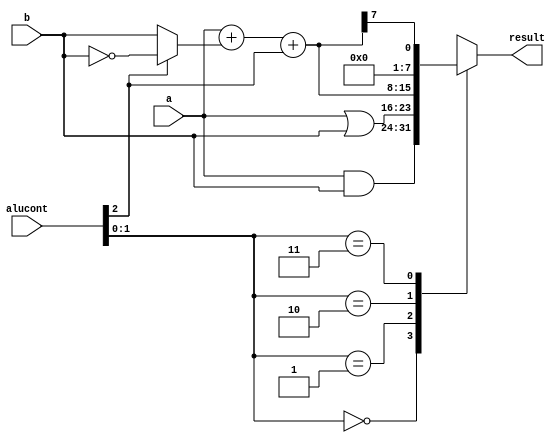
`timescale 1ns / 1ps
module alu #(parameter WIDTH = 8)(
    input [WIDTH-1:0] a, b,
    input [2:0] alucont,
    output reg [WIDTH-1:0] result);
    
    wire [WIDTH-1:0] b2, sum, slt;
    
    assign b2 = alucont[2] ? ~b : b;
    assign sum = a + b2 + alucont[2];
    assign slt = sum[WIDTH-1];
    
    always @(*)
        case(alucont[1:0])
            2'b00: result <= a & b;
            2'b01: result <= a | b;
            2'b10: result <= sum;
            2'b11: result <= slt;
        endcase
endmodule